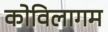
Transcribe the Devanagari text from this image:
कोविलागम